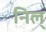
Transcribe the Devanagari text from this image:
निल्